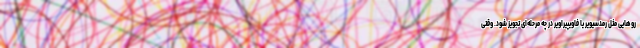
روهایی مثل رمدسیویر یا فاویپیراویر در چه مرحله‌ای تجویز شود. وقتی